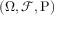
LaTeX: \textstyle ( \Omega , { \mathcal { F } } , \operatorname { P } )